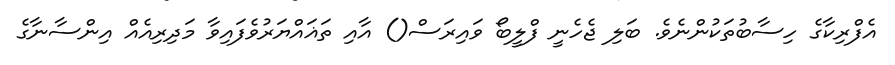
އެފްރިކާގެ ހިސާބުތަކުންނެވެ. ބަލި ޖެހެނީ ފްލީބޯ ވައިރަސް() އާއި ތަޣައްޔަރުވެފައިވާ މަދިރިއެއް އިންސާނާގެ